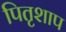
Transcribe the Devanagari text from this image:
पितृशाप